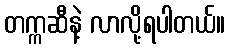
တက္ကဆီနဲ့ လာလို့ရပါတယ်။